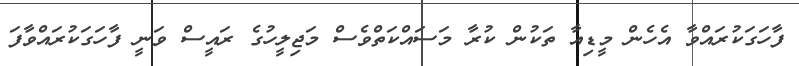
ފާހަގަކުރައްވާ އެހެން މީޑިއާ ތަކުން ކުރާ މަސައްކަތްވެސް މަޖިލީހުގެ ރައީސް ވަނީ ފާހަގަކުރައްވާފަ